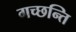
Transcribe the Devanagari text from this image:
गच्छन्ति